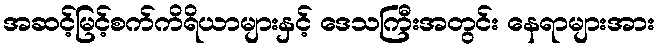
အဆင့်မြင့်စက်ကိရိယာများနှင့် ဒေသကြီးအတွင်း နေရာများအား